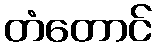
တံတောင်